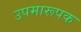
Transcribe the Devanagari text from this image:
उपमारूपक